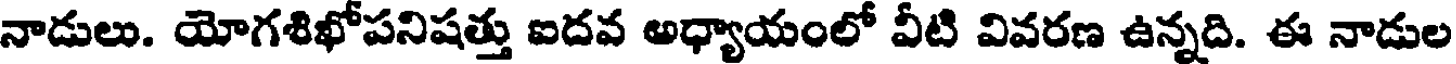
నాడులు. యోగశిఖోపనిషత్తు ఐదవ అధ్యాయంలో వీటి వివరణ ఉన్నది. ఈ నాడుల